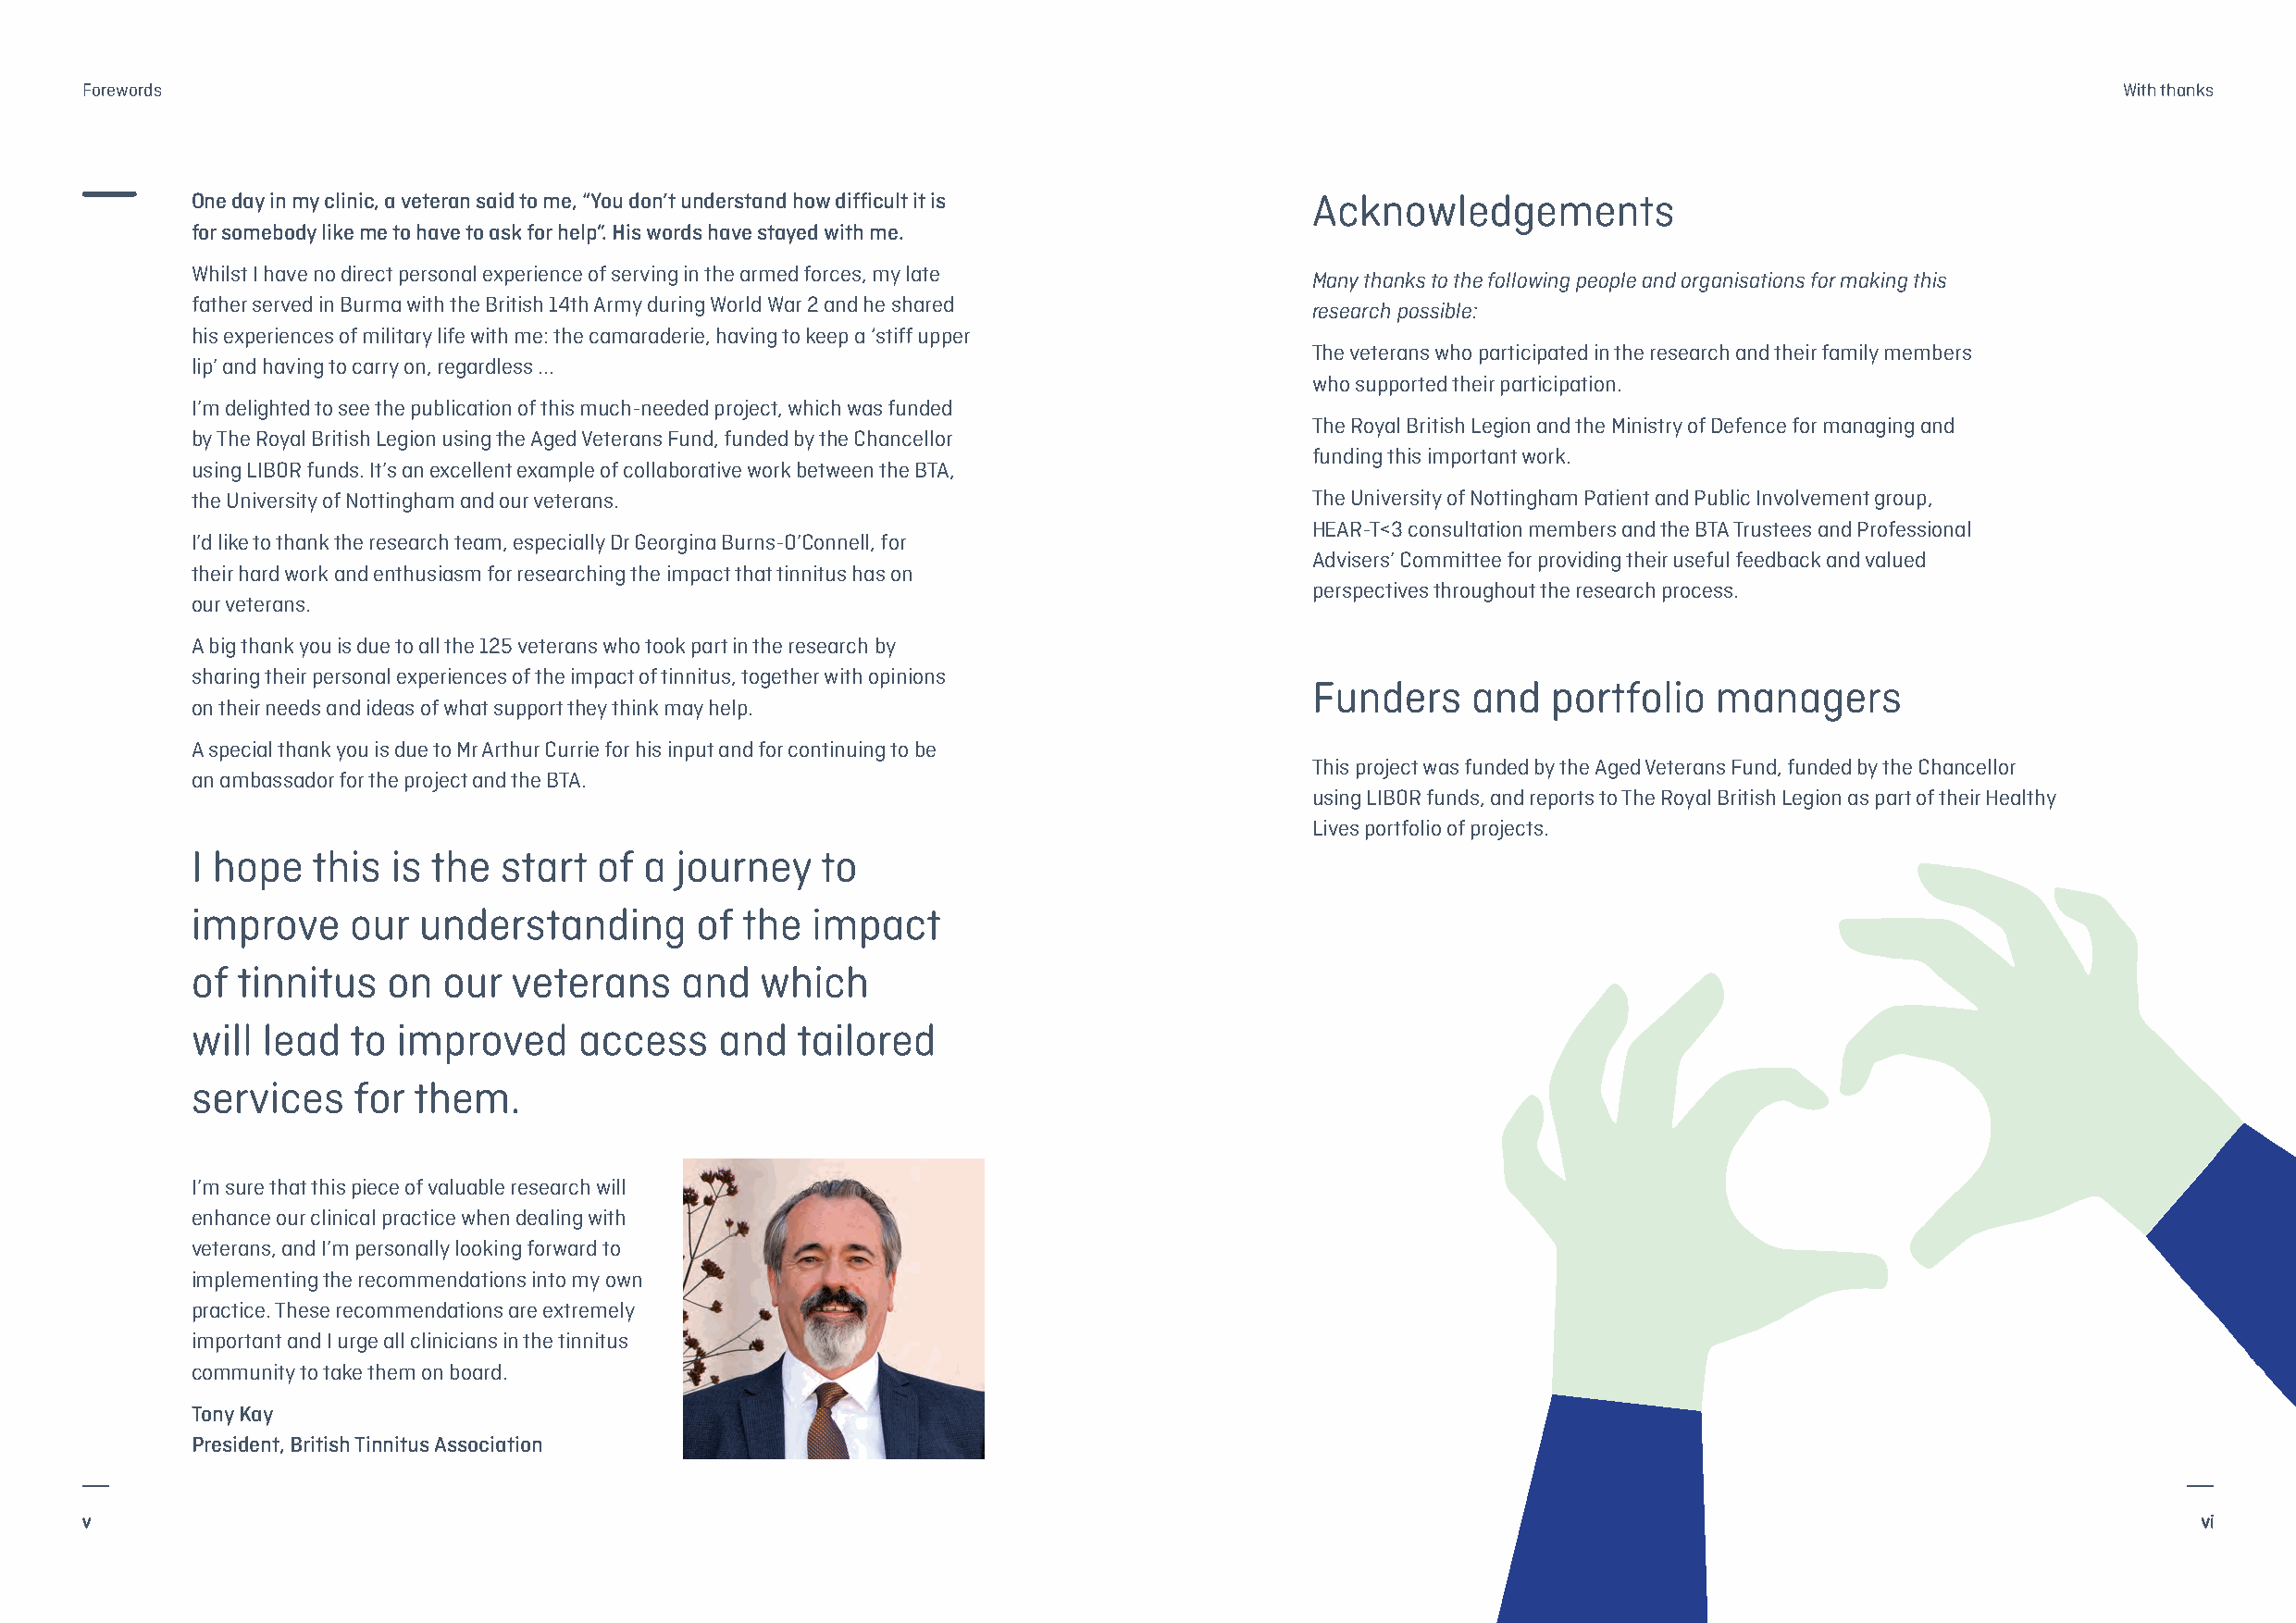
Forewords                                                                                                                                         With thanks
 One day in my clinic, a veteran said to me, “You don’t understand how difficult it is Acknowledgements
 for somebody like me to have to ask for help”. His words have stayed with me.
 Whilst I have no direct personal experience of serving in the armed forces, my late
 Many thanks to the following people and organisations for making this
 father served in Burma with the British 14th Army during World War 2 and he shared
 research possible:
 his experiences of military life with me: the camaraderie, having to keep a ‘stiff upper
 The veterans who participated in the research and their family members
 lip’ and having to carry on, regardless ...
 who supported their participation.
 I’m delighted to see the publication of this much-needed project, which was funded
 The Royal British Legion and the Ministry of Defence for managing and
 by The Royal British Legion using the Aged Veterans Fund, funded by the Chancellor
 funding this important work.
 using LIBOR funds. It’s an excellent example of collaborative work between the BTA,
 the University of Nottingham and our veterans.                                  The University of Nottingham Patient and Public Involvement group,
 HEAR-T<3 consultation members and the BTA Trustees and Professional
 I’d like to thank the research team, especially Dr Georgina Burns-O’Connell, for
 Advisers’ Committee for providing their useful feedback and valued
 their hard work and enthusiasm for researching the impact that tinnitus has on
 perspectives throughout the research process.
 our veterans.
 A big thank you is due to all the 125 veterans who took part in the research by
 sharing their personal experiences of the impact of tinnitus, together with opinions
 Funders    and   portfolio   managers
 on their needs and ideas of what support they think may help.
 A special thank you is due to Mr Arthur Currie for his input and for continuing to be
 This project was funded by the Aged Veterans Fund, funded by the Chancellor
 an ambassador for the project and the BTA.
 using LIBOR funds, and reports to The Royal British Legion as part of their Healthy
 Lives portfolio of projects.
 I hope  this  is the  start  of a journey    to
 improve    our  understanding       of the  impact
 of tinnitus   on  our  veterans    and  which
 will lead  to improved     access    and   tailored
 services   for  them.
 I’m sure that this piece of valuable research will
 enhance our clinical practice when dealing with
 veterans, and I’m personally looking forward to
 implementing the recommendations into my own
 practice. These recommendations are extremely
 important and I urge all clinicians in the tinnitus
 community to take them on board.
 Tony Kay
 President, British Tinnitus Association
 v                                                                                                                                                      vi